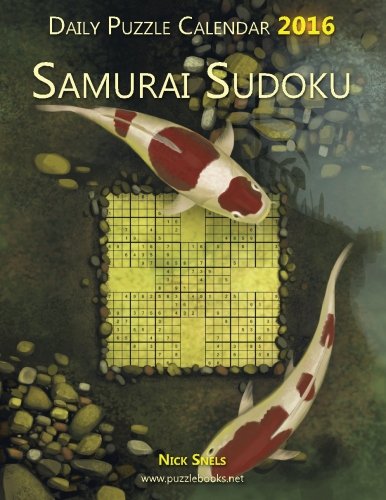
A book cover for Daily Samurai Sudoku Puzzle Calendar 2016 (Daily Puzzle Calendar 2016); Nick Snels; Calendars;